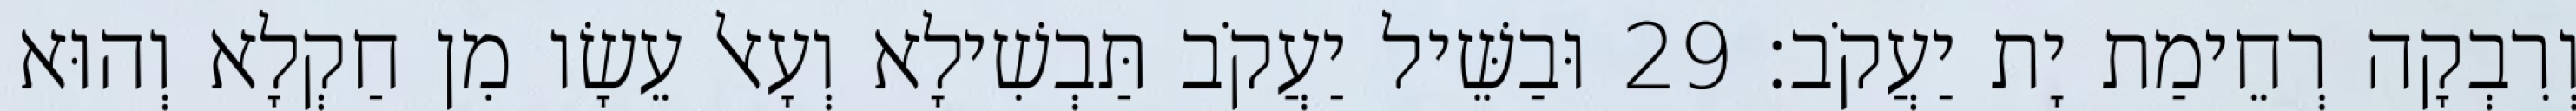
וְרִבְקָה רְחֵימַת יָת יַעֲקֹב׃ 29 וּבַשֵּׁיל יַעֲקֹב תַּבְשִׁילָא וְעָאל עֵשָׂו מִן חַקְלָא וְהוּא